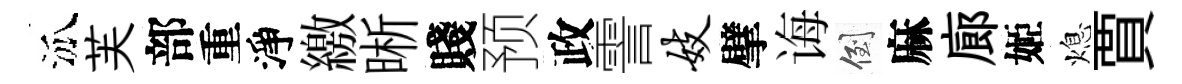
泒芙部重淨繳晰賤预政霅妓擘诲倒麻廊姬熄賈